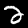
Digit: 2